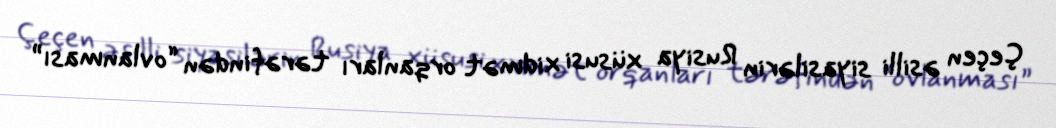
Çeçen əsilli siyasilərin Rusiya xüsusi xidmət orqanları tərəfindən “ovlanması”